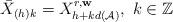
LaTeX: \begin{align*} \bar {X}_{(h)k}= X^{r, \mathbf{w}}_{h+kd(\mathcal{A})},\,\, k \in \mathbb{Z} \end{align*}